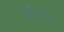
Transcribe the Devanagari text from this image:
पेरू।